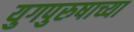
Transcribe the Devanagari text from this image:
युगपुरुषाच्या